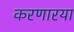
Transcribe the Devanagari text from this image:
करणारया